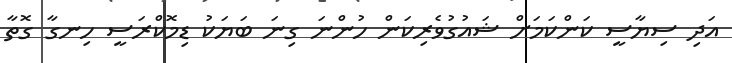
އަދި ސިޔާސީ ކަންކަމަށް ޝައުގުވެރިކަން ހުންނަ ގިނަ ބަޔަކު ޑިމޮކްރަސީ ހިނގާ ގޮތާ